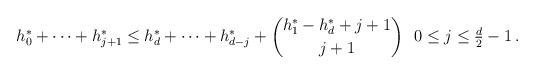
LaTeX: \begin{align*} h^*_0 + \dots + h^*_{j+1} \le h^*_d + \dots + h^*_{ d-j } + \binom{ h^*_1 - h^*_d + j + 1 }{ j+1 } \ \ 0 \le j \le \tfrac d 2 - 1 \, .\end{align*}